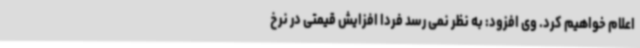
اعلام خواهیم کرد. وی افزود: به نظر نمی رسد فردا افزایش قیمتی در نرخ